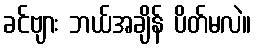
ခင်ဗျား ဘယ်အချိန် ပိတ်မလဲ။